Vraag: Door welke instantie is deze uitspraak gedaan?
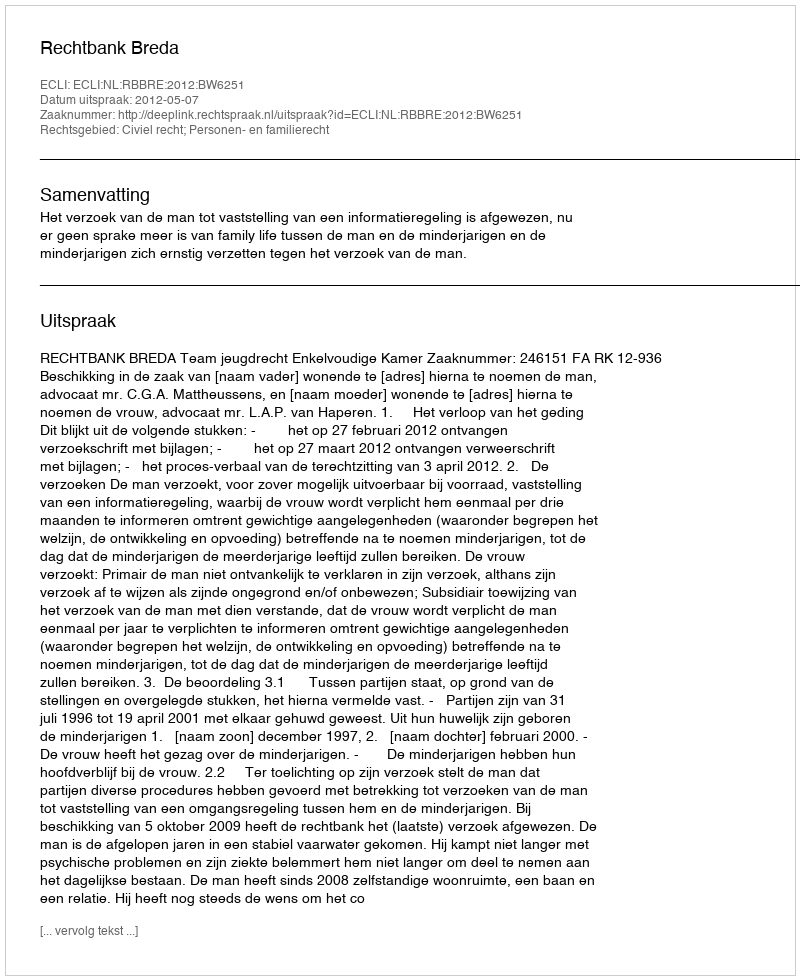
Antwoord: Rechtbank Breda